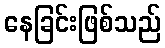
နေခြင်းဖြစ်သည်